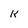
Character: k